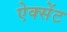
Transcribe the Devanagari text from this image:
ऐक्सेंट